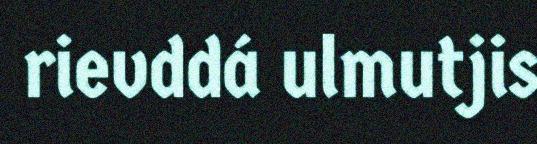
rievddá ulmutjis